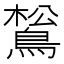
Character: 𪁿